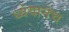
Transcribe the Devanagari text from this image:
ध्येयानेच